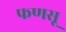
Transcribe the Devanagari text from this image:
फणसू